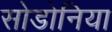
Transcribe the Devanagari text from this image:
सोडोनिया